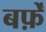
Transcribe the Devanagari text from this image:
बर्फ़ें